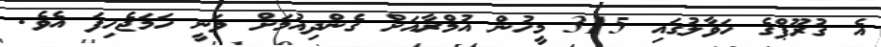
އެ ގުރޫޕްގެ ހަވާލުގައި 315 މީހުން އުމްރާއަށް ގެންދިއުމަށް ވަނީ ހަމަޖެހިފަ އެވެ.